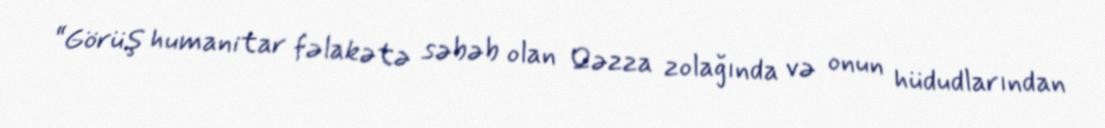
“Görüş humanitar fəlakətə səbəb olan Qəzza zolağında və onun hüdudlarından